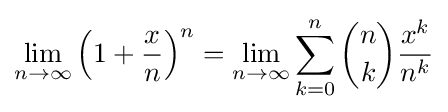
\lim _{n\to \infty }\left(1+{\frac {x}{n}}\right)^{n}=\lim _{n\to \infty }\sum _{k=0}^{n}{n \choose k}{\frac {x^{k}}{n^{k}}}